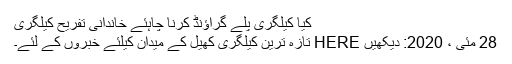
کیا کیلگری پلے گراؤنڈ کرنا چاہئے خاندانی تفریح ​​کیلگری
28 مئی ، 2020: دیکھیں HERE تازہ ترین کیلگری کھیل کے میدان کیلئے خبروں کے لئے۔